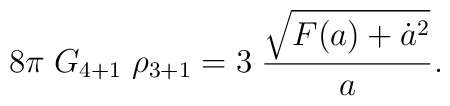
8\pi \; G_{4+1} \; \rho_{3+1} =  3  \; {\sqrt{F(a)+\dot a^2}\over a}.